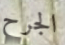
الجرح